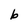
Character: b